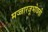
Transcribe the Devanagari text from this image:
मज्जारजूभोवती